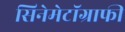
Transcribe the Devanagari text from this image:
सिनेमेटॉग्राफी